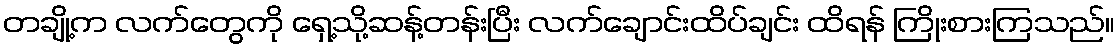
တချို့က လက်တွေကို ရှေ့သို့ဆန့်တန်းပြီး လက်ချောင်းထိပ်ချင်း ထိရန် ကြိုးစားကြသည်။